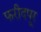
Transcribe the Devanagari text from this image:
फरीदपूर